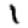
Digit: 1